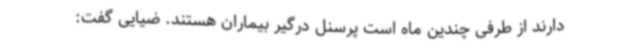
دارند از طرفی چندین ماه است پرسنل درگیر بیماران هستند. ضیایی گفت: